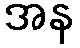
အန